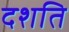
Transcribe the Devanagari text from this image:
दशति